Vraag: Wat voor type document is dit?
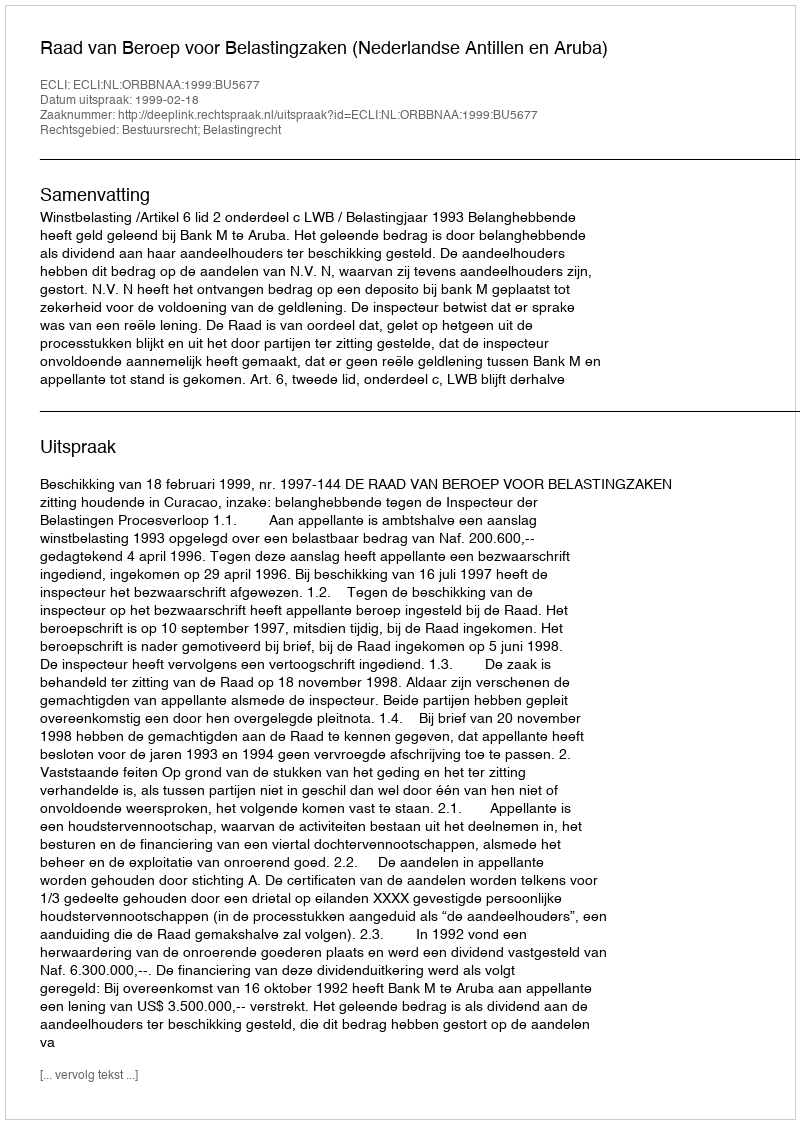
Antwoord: Uitspraak